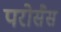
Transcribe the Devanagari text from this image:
परोसैस